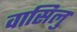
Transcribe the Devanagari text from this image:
वासिलु